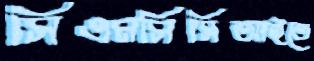
সিএমসিসিআইতে